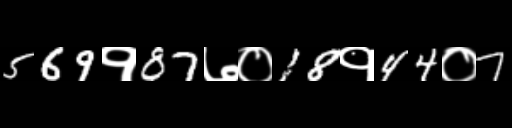
Text: 569१87७०18१44०7